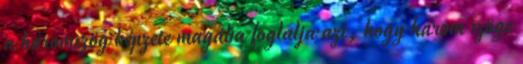
a háromszög képzete magába foglalja azt, hogy három szöge